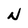
Character: N